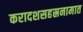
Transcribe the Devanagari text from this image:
करादशसहस्रनामात